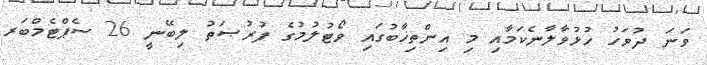
ވަނަ ދުވަހު ހުޅުވާލާނެކަމާއި މި އިންތިޚާބުގައި ވޯޓުލުމުގެ ފުރުޞަތު ލިބޭނީ 26 ސެޕްޓެމްބަރ